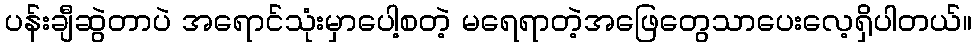
ပန်းချီဆွဲတာပဲ အရောင်သုံးမှာပေါ့စတဲ့ မရေရာတဲ့အဖြေတွေသာပေးလေ့ရှိပါတယ်။